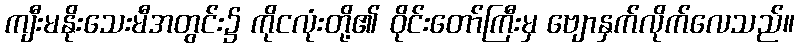
ကျီးမနိုးသေးမီအတွင်း၌ ကိုငလုံးတို့၏ ဝိုင်းတော်ကြီးမှ ဗျောနှက်လိုက်လေသည်။